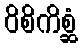
ဝိစိကိစ္ဆံ